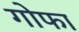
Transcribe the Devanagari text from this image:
गोफा